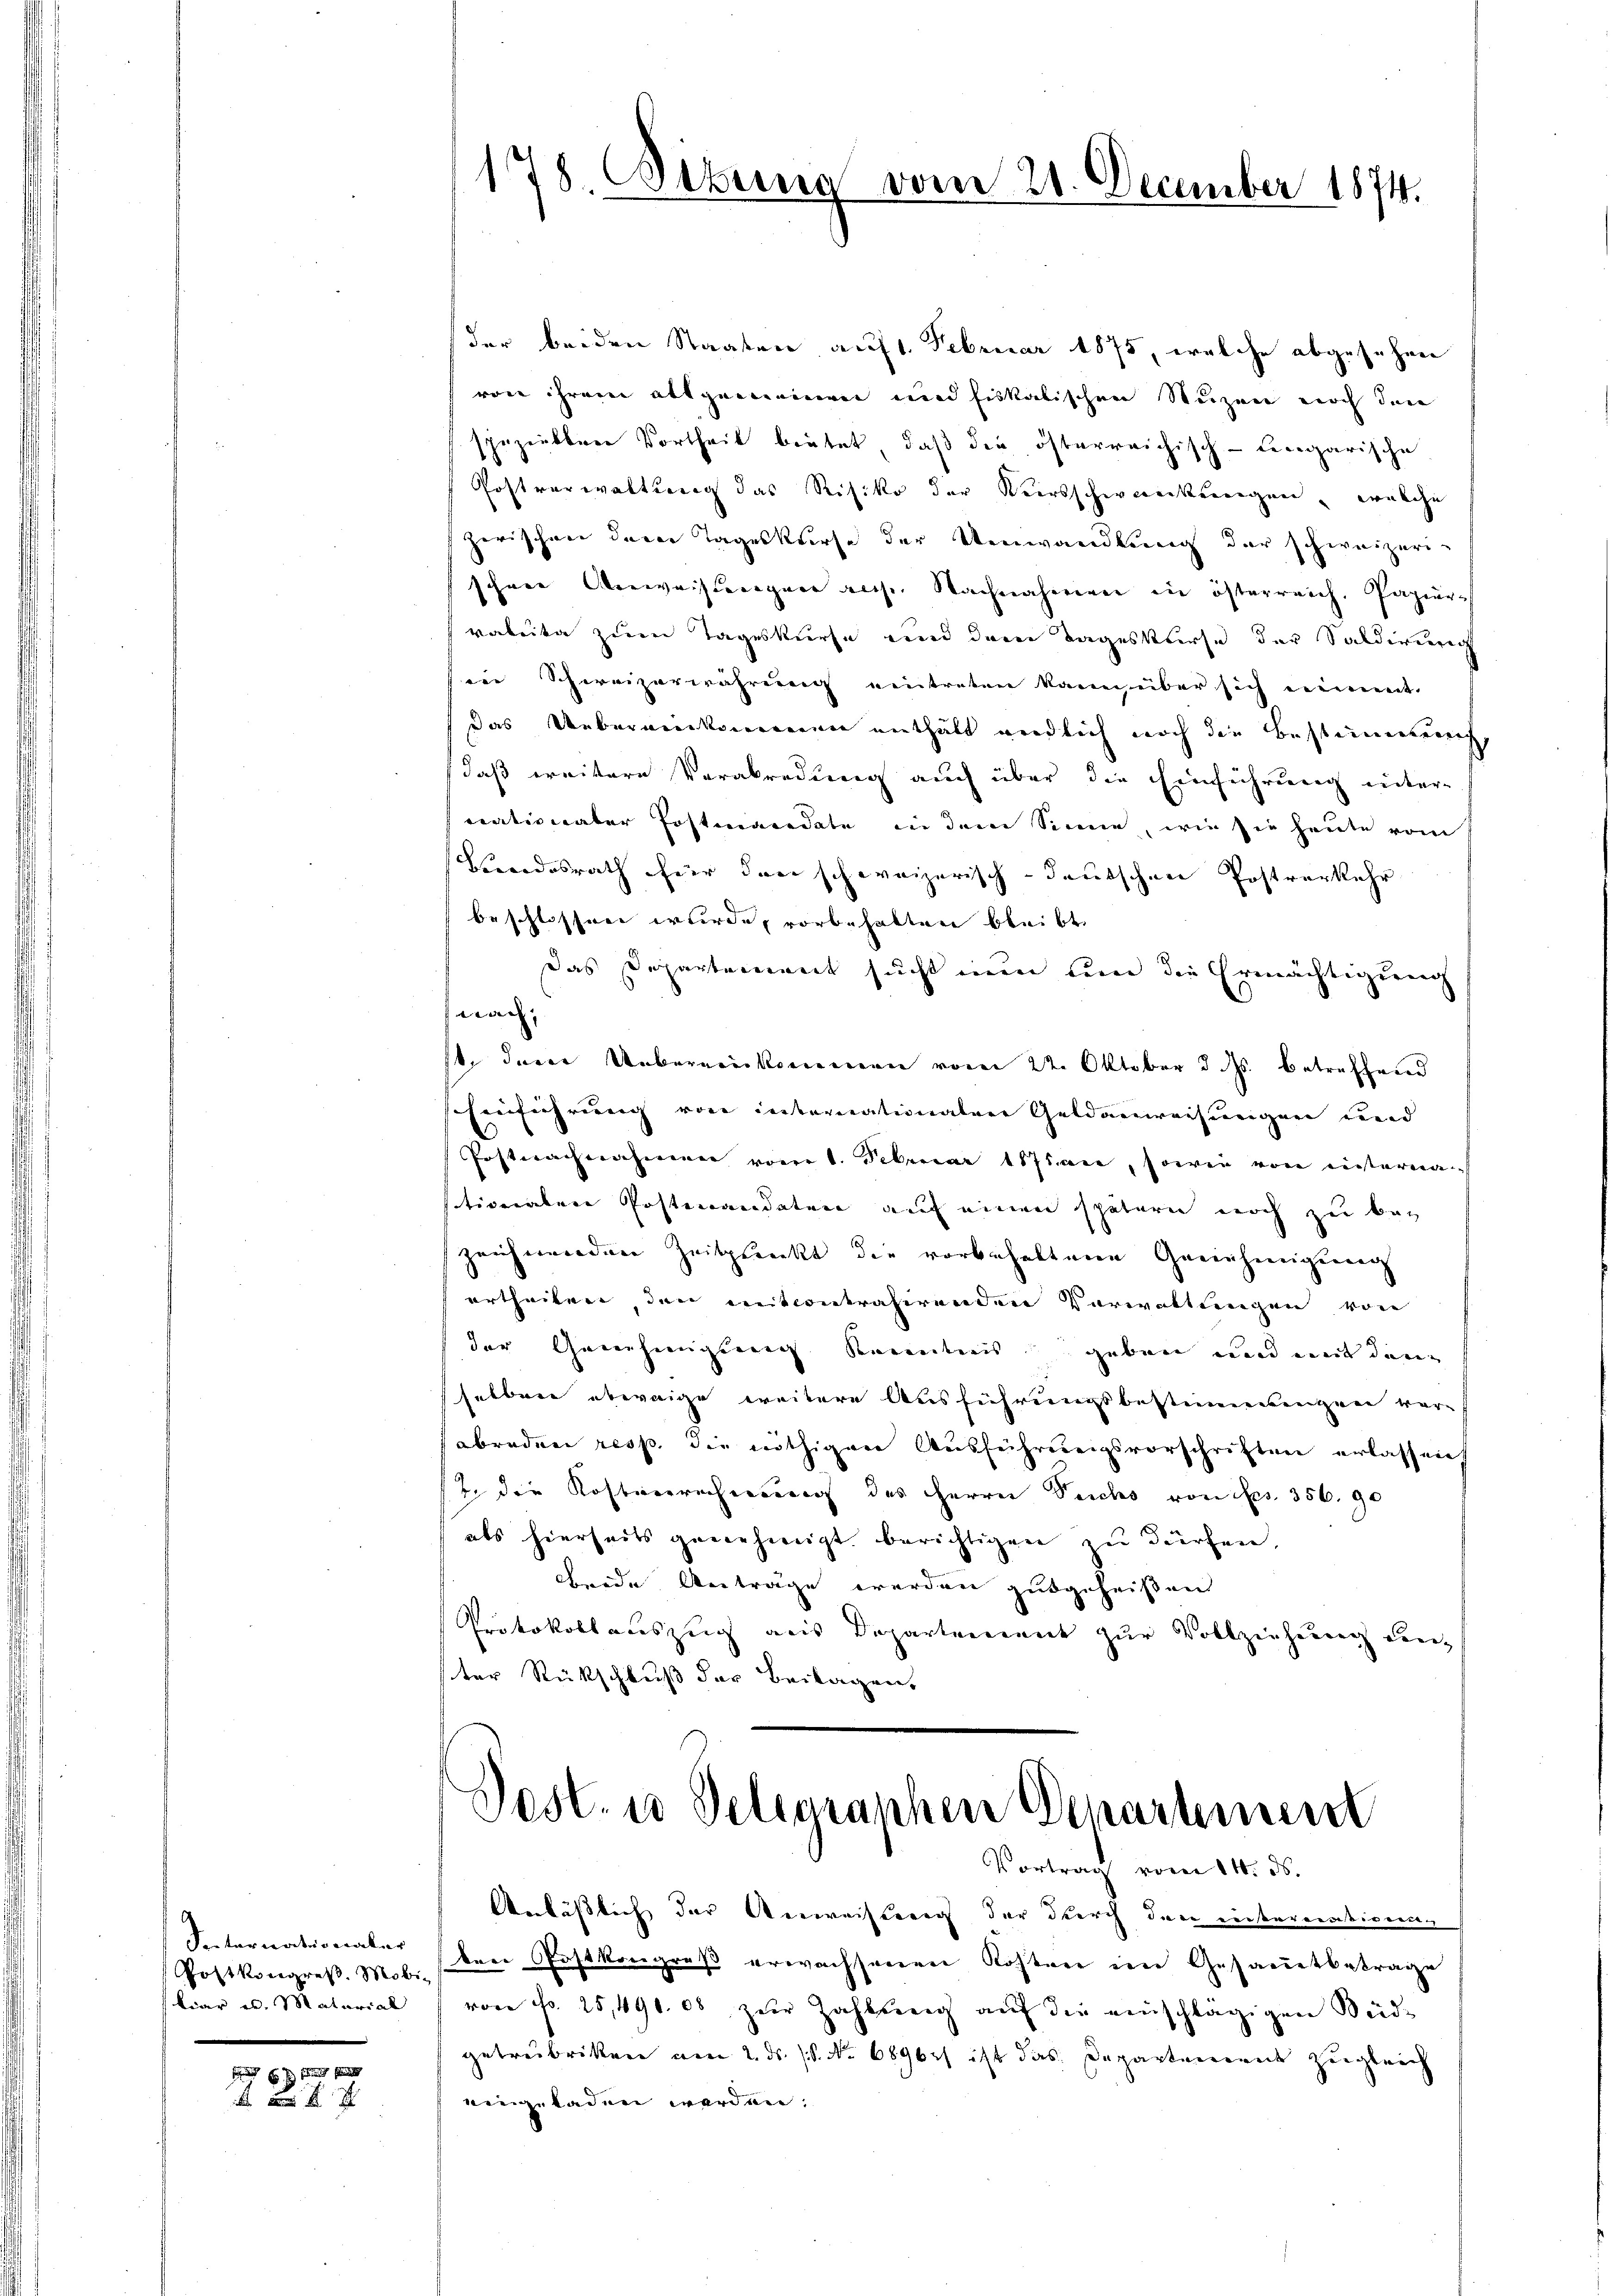
Seiternationaler
Postkongreß. Mobi-
kiar es. Material

Es sichtung seine

178. Sitzung

vom 21. December 1874.

der beiden Staaten auf 1. Februar 1875, welche abgesehen
von ihrem allgemeinen und fiskalischen Nuzen noch den
spezielbare Vortheil brütet, daß die österreichisch-Lengarische
Postverwaltung das Risiko der Kursschwerckungen, welche
zerischen der Tageskurse der Umwandlung der schweizeri-
schen Anweisungen aus. Nachnahmen in österreich. Papierrakeite zum Tageskurse und dem Tageskurse der Saldirung
siie Schweizerwährung eintreten kann über sich einent.
das Uebereinkommen enthält endlich noch die Bestimmung,
daß weitere Verabredung auch über die Einführung untertrationaler Postmandate in dem Sinne, wie sie heute vom
Findesrath für den schweizerisch-deutschen Postverkehr
beschlossen wurde, vorbehalten bleibt
das Departement sucht nun um die Ermächtigung
wach, |
st, den Uebereinkommen vom 22. Oktober d. Js. betreffend
Einführung von internationalver Geldanweisungen und
Postnachnahmen vom 1. Februar 1871 an, sowen von einterna
tionalen Postmandaten auf einen spätern noch zu bezeichwerden Zeitpunkt die vorbehaltene Genehmigung
ertheilen, den mitcontrahirenden Verwaltungen von
der Genehmigung Kenntens geben und mit den
selben abernige weitere Ausführungsbestimmungen vor-
abraden resp. die nöthiger Ausführungsvorschriften erlassent
t. die Kostenrechnung des Herrn Sechs von Fr. 356. 90
als hierseits genehmigt berichtigen zu dürfen,
beide Anträge werden gutgeheißen
Protokollauszug aus Departement zur Vollziehung anz
ster Rückschluß der Beilagen,
Pest. in Seligraphen Genartinen
Vortrag vom 14. ds.
Anlässlich der Anweistung der durch der einterrentionen
den Postkongreß erwachsenen Kosten im Gesammtbetrage
von Fr. 25,490. 00 zur Zahlung auf die einschlägigen Süd-
getreibriken am 2. ds. (T. No 6896) ist das Departement zugleich
eingeladen werden;